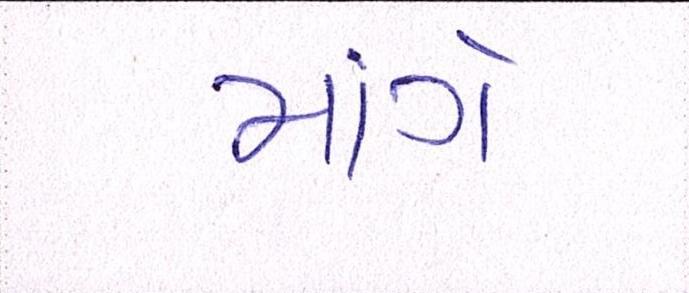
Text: માંગે